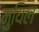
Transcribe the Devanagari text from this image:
मुयिल